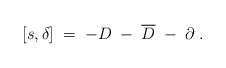
\begin{align*}\left[ s,\delta \right] \;=\;-D\;-\;\overline{D}\;-\;\partial \;.\end{align*}